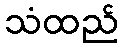
သံထည်